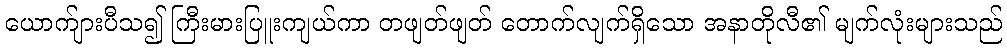
ယောက်ျားပီသ၍ ကြီးမားပြူးကျယ်ကာ တဖျတ်ဖျတ် တောက်လျက်ရှိသော အနာတိုလီ၏ မျက်လုံးများသည်